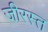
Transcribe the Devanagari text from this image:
जीरस्त